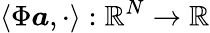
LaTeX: \left<\Phi\boldsymbol{a},\cdot\right>:\mathbb{R}^{N}\rightarrow\mathbb{R}